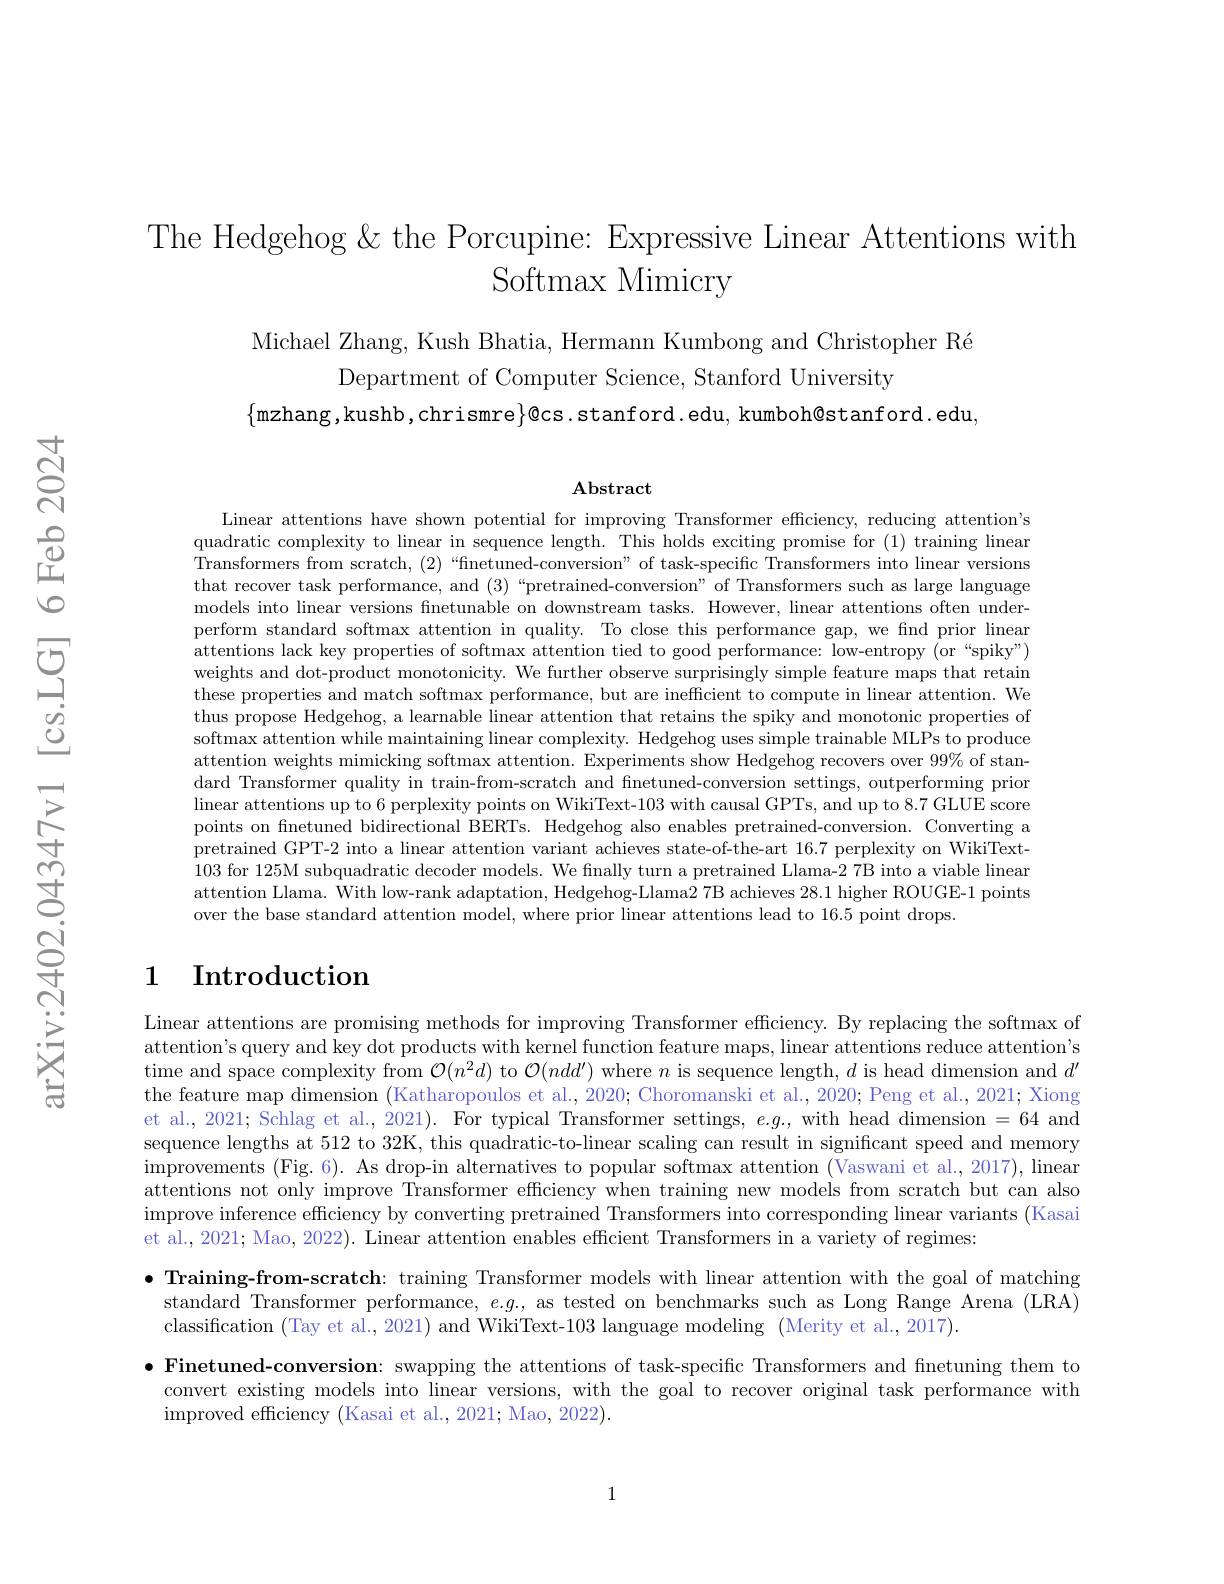
# The Hedgehog &the Porcupine: Expressive Linear Attentions with Softmax Mimicry

Michael Zhang, Kush Bhatia, Hermann Kumbong and Christopher Ré
Department of Computer Science, Stanford University
$\{$mzhang,kushb,chrismre$\}$@cs.stanford.edu, kumboh@stanford.edu,

$\mathbf{Abstract}$

Linear attentions have shown potential for improving Transformer efficiency, reducing attention's quadratic complexity to linear in sequence length. This holds exciting promise for (1) training linear Transformers from scratch, (2)“finetuned-conversion” of task-specific Transformers into linear versions that recover task performance, and (3)“pretrained-conversion”of Transformers such as large language models into linear versions finetunable on downstream tasks. However, linear attentions often underperform standard softmax attention in quality. To close this performance gap, we find prior linear attentions lack key properties of softmax attention tied to good performance: low-entropy (or “spiky”) weights and dot-product monotonicity. We further observe surprisingly simple feature maps that retain these properties and match softmax performance, but are inefficient to compute in linear attention. We thus propose Hedgehog, a learnable linear attention that retains the spiky and monotonic properties of softmax attention while maintaining linear complexity. Hedgehog uses simple trainable MLPs to produce attention weights mimicking softmax attention. Experiments show Hedgehog recovers over $99\%$ of standard Transformer quality in train-from-scratch and finetuned-conversion settings, outperforming prior linear attentions up to 6 perplexity points on WikiText-103 with causal GPTs, and up to 8.7 GLUE score points on finetuned bidirectional BERTs. Hedgehog also enables pretrained-conversion. Converting a pretrained GPT-2 into a linear attention variant achieves state-of-the-art 16.7 perplexity on WikiText- 103 for 125M subquadratic decoder models. We finally turn a pretrained Llama-2 7B into a viable linear attention Llama. With low-rank adaptation, Hedgehog-Llama2 7B achieves 28.1 higher ROUGE-1 points over the base standard attention model, where prior linear attentions lead to 16.5 point drops.

## 1 Introduction

Linear attentions are promising methods for improving Transformer efficiency. By replacing the softmax of attention's query and key dot products with kernel function feature maps, linear attentions reduce attention's time and space complexity from $\mathcal{O}(n^2d)$ to $\mathcal{O}(ndd^\prime)$ where $n$ is sequence length, $d$ is head dimension and $d^\prime$ the feature map dimension (Katharopoulos et al., 2020; Choromanski et al., 2020; Peng et al., 2021; Xiong et al., 2021; Schlag et al., 2021). For typical Transformer settings, $e.g.$, with head dimension = 64 and sequence lengths at 512 to 32K, this quadratic-to-linear scaling can result in significant speed and memory improvements ( Fig. 6) . As drop- in alternatives to popular softmax attention ( Vaswani et al. , 2017) , linear ( Fig. 6) . As drop- in alternatives to popular softmax attention ( Vaswani et al. , 2017) , linear attentions not only improve Transformer efficiency when training new models from scratch but can also improve inference efficiency by converting pretrained Transformers into corresponding linear variants (Kasai et al., 2021; Mao, 2022). Linear attention enables efficient Transformers in a variety of regimes:

$\bullet$ Training-from-scratch: training Transformer models with linear attention with the goal of matching
standard Transformer performance, $e.g.$, as tested on benchmarks such as Long Range Arena (LRA)
classification (Tay et al., 2021) and WikiText-103 language modeling (Merity et al.,2017).

$\bullet$ Finetuned-conversion: swapping the attentions of task-specific Transformers and finetuning them to
convert existing models into linear versions, with the goal to recover original task performance with
improved efficiency (Kasai et al., 2021; Mao, 2022).

1